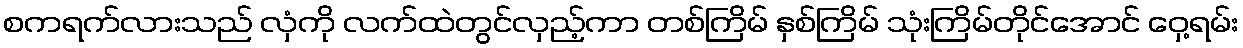
စကရက်လားသည် လှံကို လက်ထဲတွင်လှည့်ကာ တစ်ကြိမ် နှစ်ကြိမ် သုံးကြိမ်တိုင်အောင် ဝှေ့ရမ်း